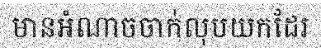
មានអំណាចចាក់លុបយកដែរ